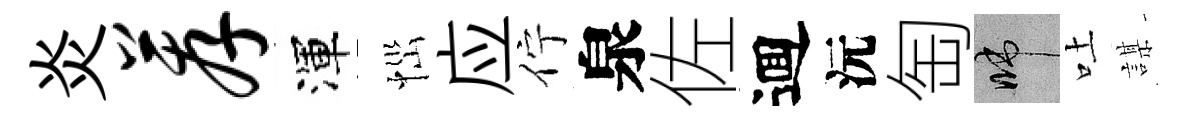
炎荐渾𢙉应佇泉佐逥沅匋啼吐謀